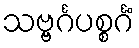
သဗ္ဗင်္ဂပစ္စင်္ဂံ